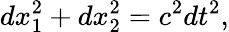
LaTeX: dx_{1}^{2}+dx_{2}^{2}=c^{2}dt^{2},